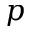
p